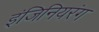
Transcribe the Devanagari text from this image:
इंजिनियरंग